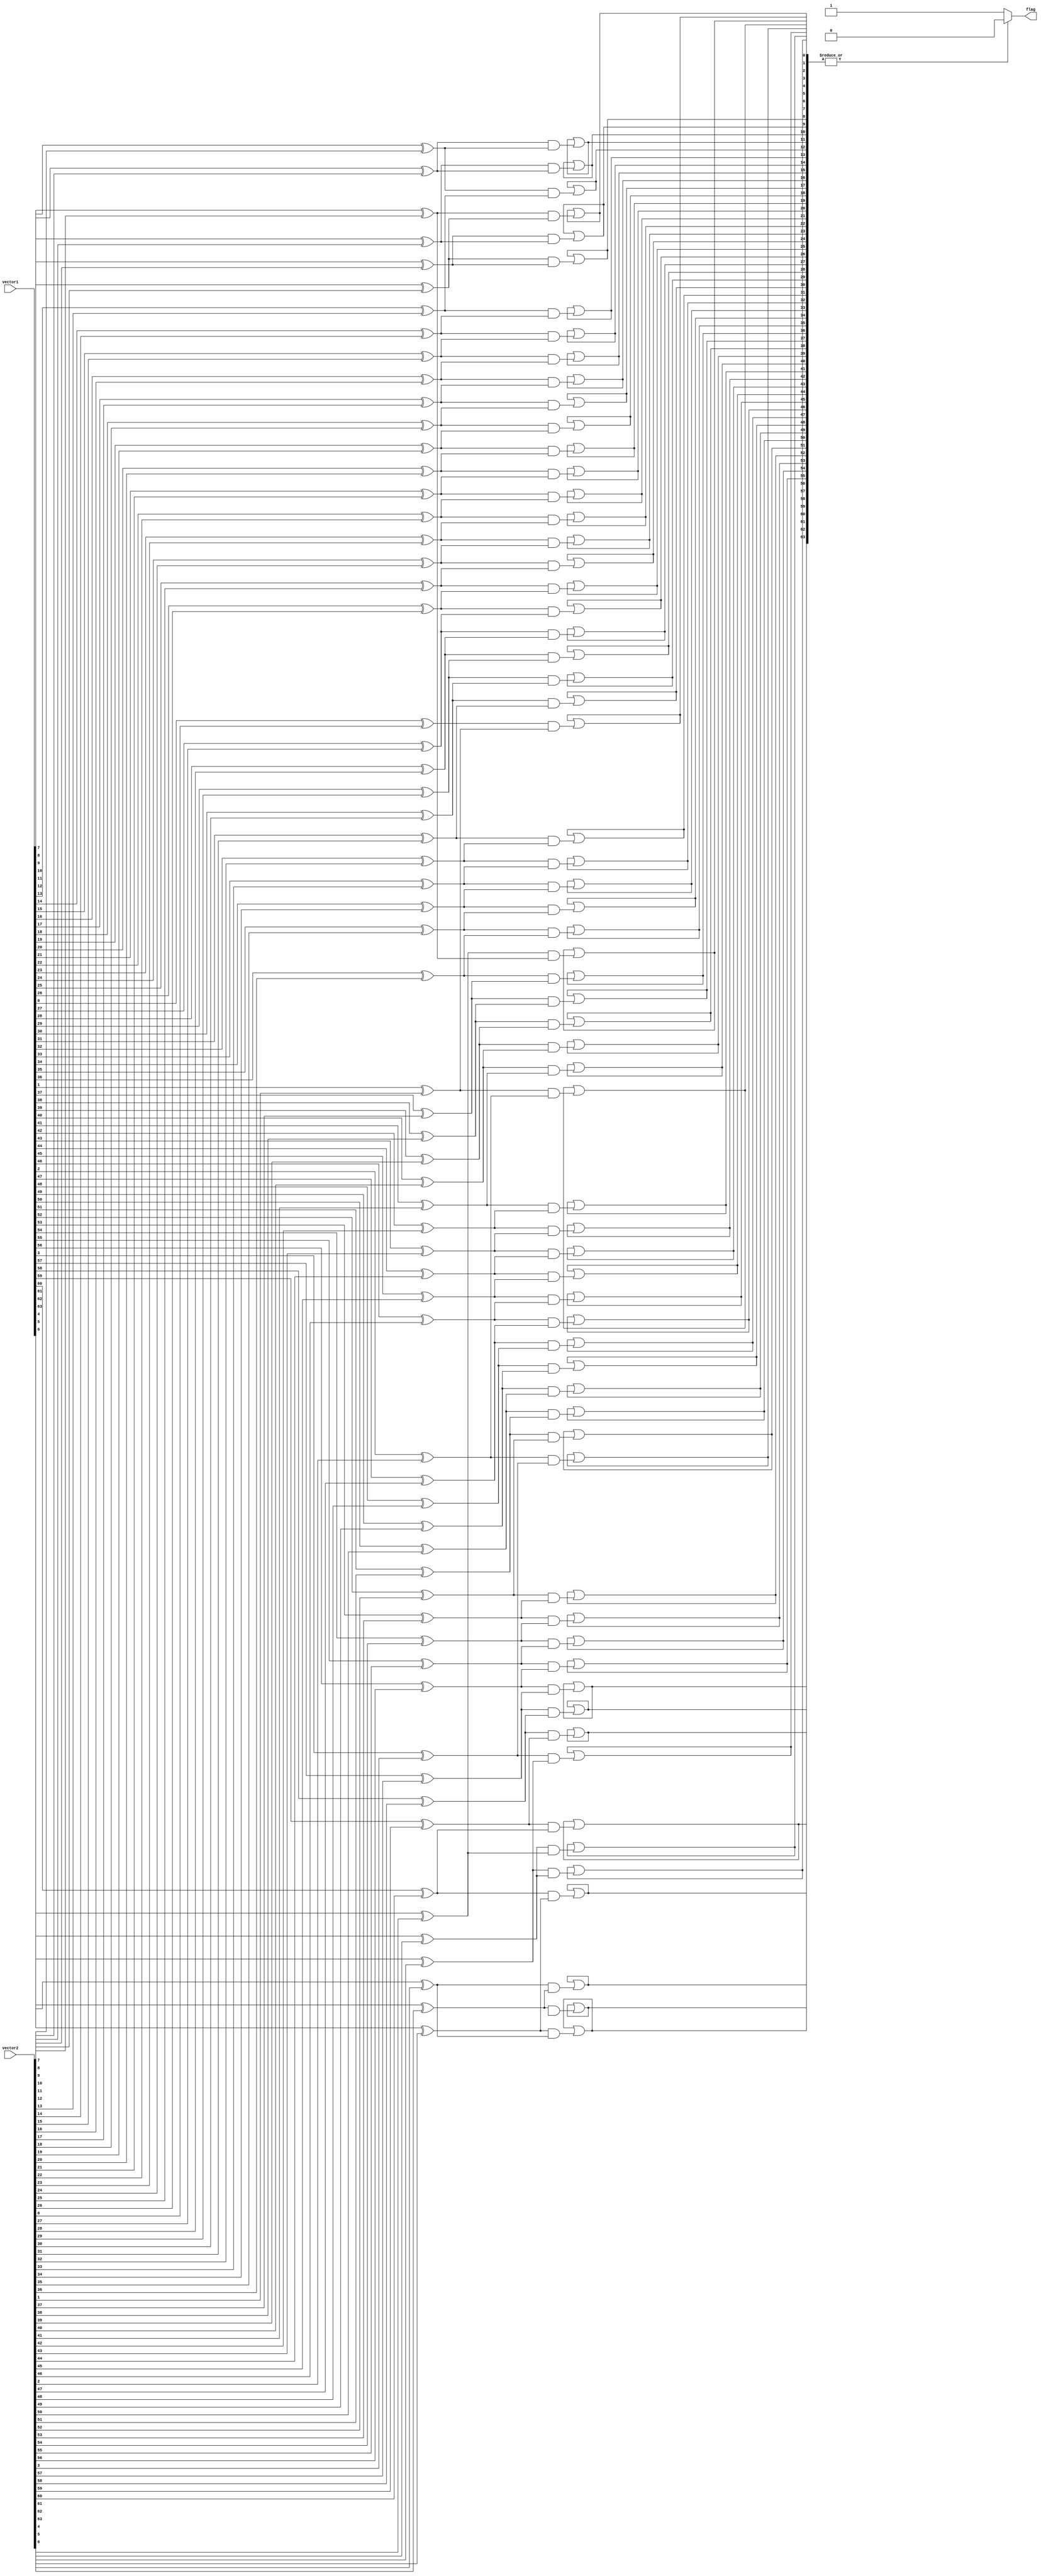
module comparator_64bit (
    input [63:0] vector1,
    input [63:0] vector2,
    output reg flag // flag signal to indicate equality
);

reg [63:0] xor_result;
reg [63:0] and_result; // result of AND gates
reg [63:0] or_result; // result of OR gates

// XOR gates for bit-by-bit comparison
generate
    genvar i;
    for (i = 0; i < 64; i = i + 1) begin
        assign xor_result[i] = vector1[i] ^ vector2[i];
    end
endgenerate

// AND gates for bitwise AND operation
generate
    genvar j;
    for (j = 0; j < 64; j = j + 1) begin
        assign and_result[j] = xor_result[j] & xor_result[j + 1];
    end
endgenerate

// OR gates for bitwise OR operation
generate
    genvar k;
    for (k = 0; k < 64; k = k + 1) begin
        assign or_result[k] = or_result[k] | and_result[k];
    end
endgenerate

// flag is set to 1 if any bit is not equal
always @* begin
    if (|or_result) begin
        flag = 0;
    end else begin
        flag = 1;
    end
end

endmodule